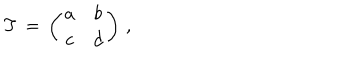
T \, = \, \left( \begin{array} { c c } { { a } } & { { b } } \\ { { c } } & { { d } } \\ \end{array} \right) \, ,